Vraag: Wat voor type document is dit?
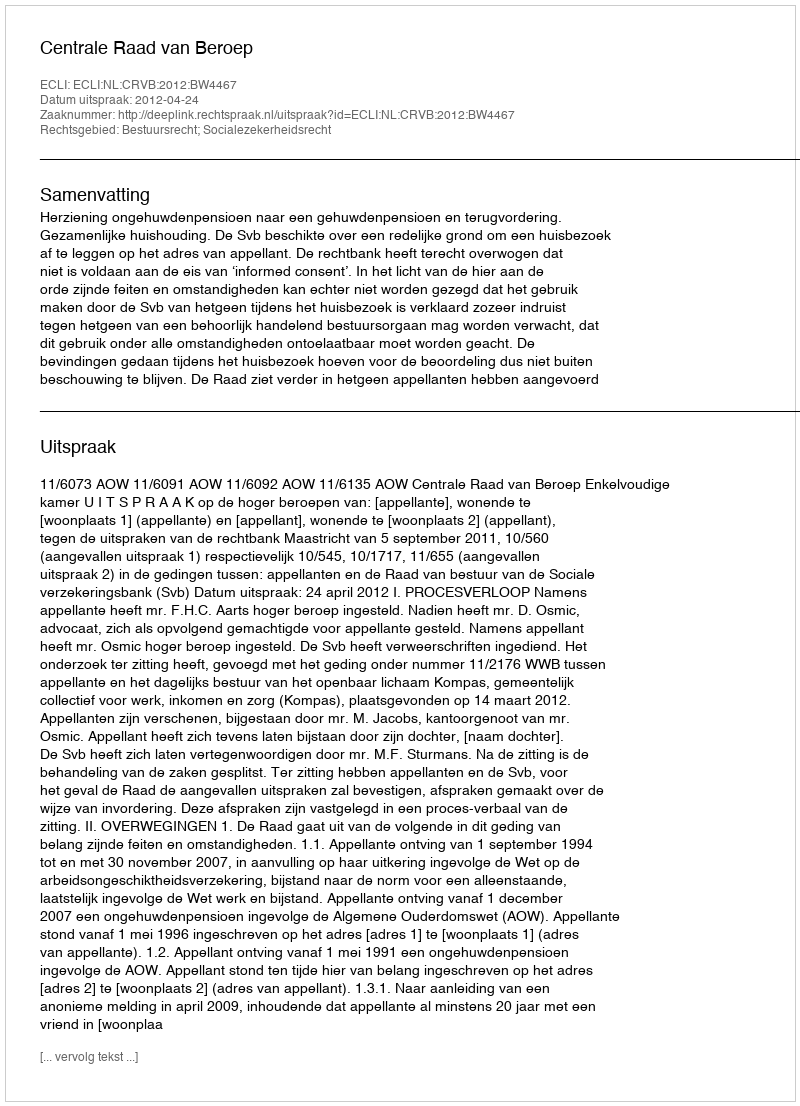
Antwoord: Uitspraak